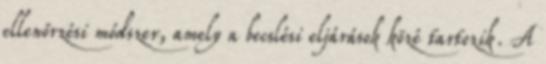
ellenőrzési módszer, amely a becslési eljárások közé tartozik. A